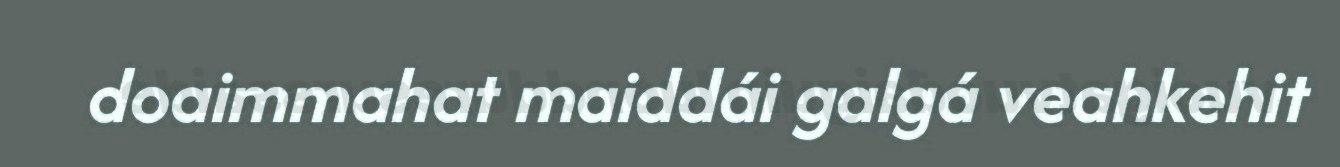
doaimmahat maiddái galgá veahkehit